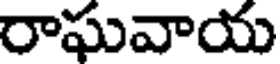
రాఘవాయ